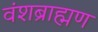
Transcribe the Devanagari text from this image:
वंशब्राह्मण